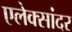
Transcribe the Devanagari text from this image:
एलेक्सांदर